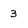
Character: 3